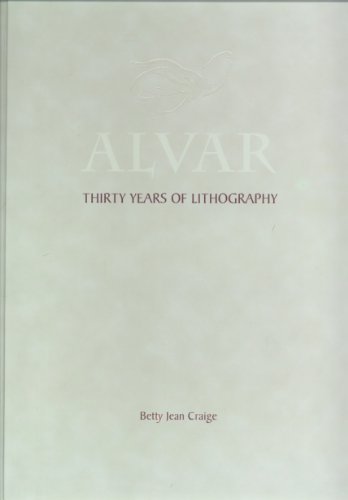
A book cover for Alvar: Thirty Years of Lithography; Betty Jean Craig; Arts & Photography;